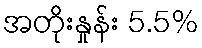
အတိုးနှုန်း 5.5%